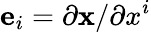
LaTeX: \mathbf{e}_{i}=\partial\mathbf{x}/\partial x^{i}